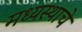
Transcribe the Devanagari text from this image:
मध्यस्थाचे